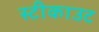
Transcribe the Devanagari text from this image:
स्टीकाउट